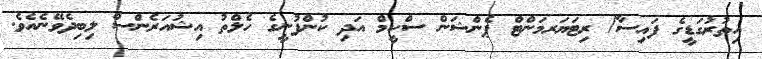
އިތުރުގަޑީގެ ފައިސާ/ ރިޓަޔަރމަންޓް ޕެންޝަން ސްކީމް އަދި ކުންފުނީގެ ހެލްތު އިޝުއަރެންސް ލިބިދެވޭނެއެވެ.